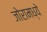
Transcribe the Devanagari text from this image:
जोरामध्ये